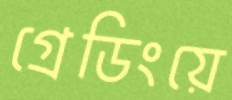
গ্রেডিংয়ে